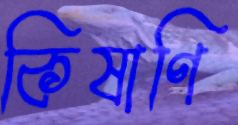
কিষাণি